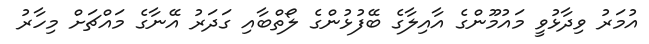
އުމަރު ވިދާޅުވީ މައުމޫންގެ އާއިލާގެ ބޭފުޅުންގެ ލޯތްބާއި ގަދަރު އޭނާގެ މައްޗަށް މިހާރު